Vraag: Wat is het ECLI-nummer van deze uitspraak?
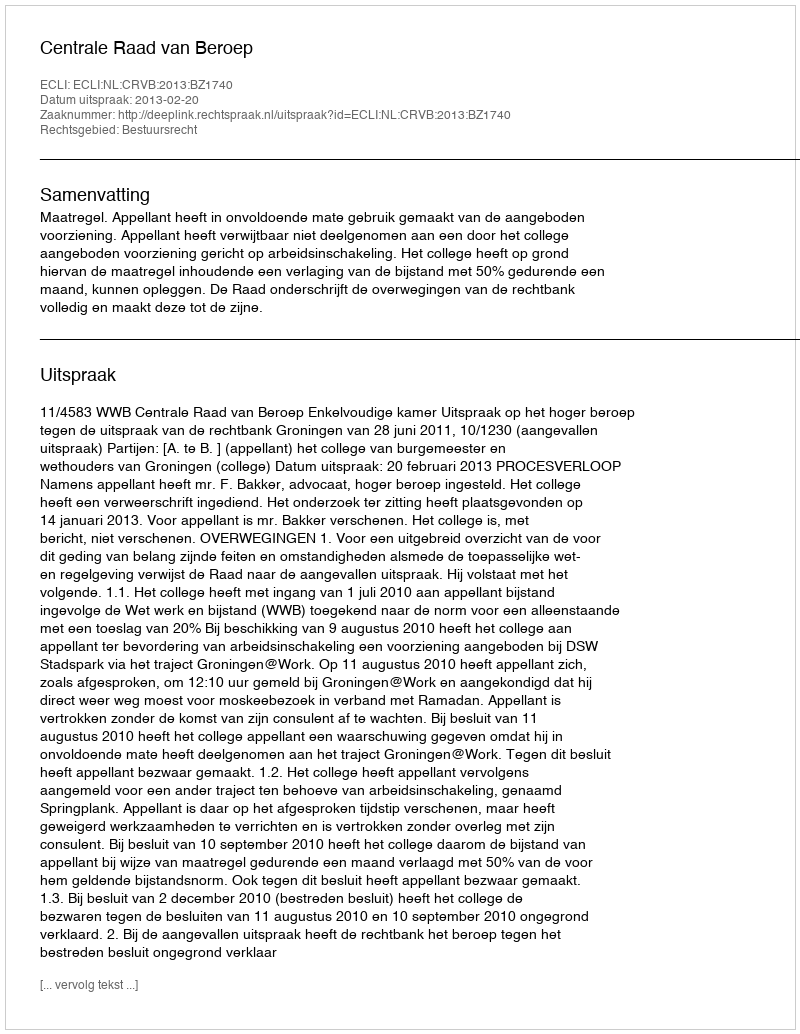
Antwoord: ECLI:NL:CRVB:2013:BZ1740